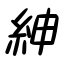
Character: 紳